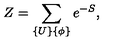
Z = \sum _ { \{ U \} \{ \phi \} } e ^ { - S } ,